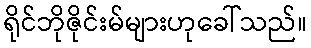
ရိုင်ဘိုဇိုင်းမ်များဟုခေါ်သည်။